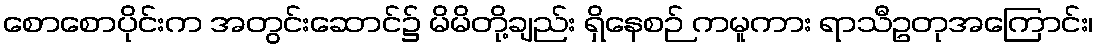
စောစောပိုင်းက အတွင်းဆောင်၌ မိမိတို့ချည်း ရှိနေစဉ် ကမူကား ရာသီဥတုအကြောင်း၊